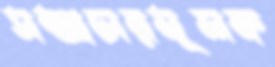
সম্প্রচারমূলক